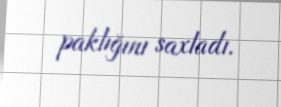
paklığını saxladı.